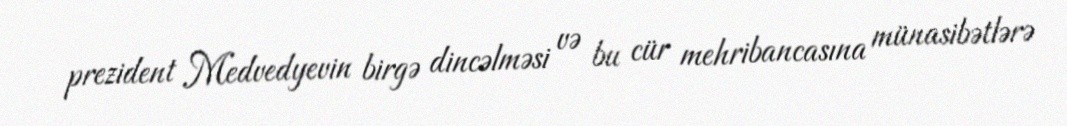
prezident Medvedyevin birgə dincəlməsi və bu cür mehribancasına münasibətlərə